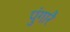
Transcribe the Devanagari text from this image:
पुंगारै